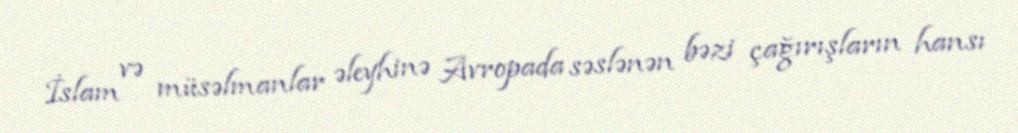
İslam və müsəlmanlar əleyhinə Avropada səslənən bəzi çağırışların hansı